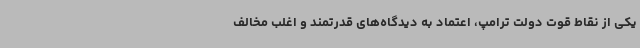
یکی از نقاط قوت دولت ترامپ، اعتماد به دیدگاه‌های قدرتمند و اغلب مخالف